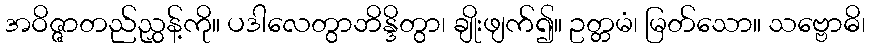
အဝိဇ္ဇာတည်ညွှန့်ကို။ ပဒါလေတွာဘိန္ဒိတွာ၊ ချိုးဖျက်၍။ ဥတ္တမံ၊ မြတ်သော။ သဗ္ဗောဓိ၊